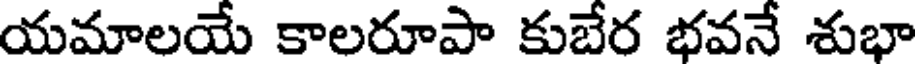
యమాలయే కాలరూపా కుబేర భవనే శుభా